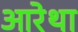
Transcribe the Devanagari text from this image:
आरेथा